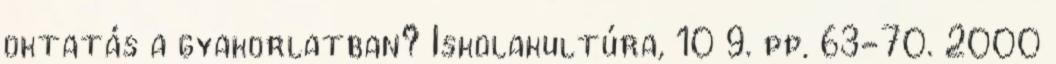
oktatás a gyakorlatban? Iskolakultúra, 10 9. pp. 63-70. 2000